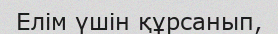
Елім үшін құрсанып,